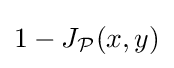
1-J_{\mathcal {P}}(x,y)